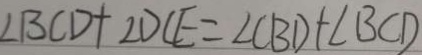
\angle B C D + \angle D C E = \angle C B D + \angle B C D